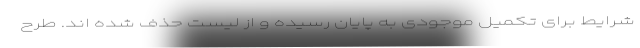
شرایط برای تکمیل موجودی به پایان رسیده و از لیست حذف شده اند. طرح